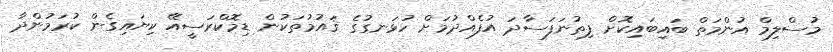
މުސްލިމް އުންމަތް ބައިބައިކޮށް ފިތުނަފަސާދަ އުފެއްދުމަށް ހުޅަނގުގެ ޤައުމުތަކުން ޑިމޮކްރަސީއޭ ކިޔައިގެން ކުރަމުންދާ